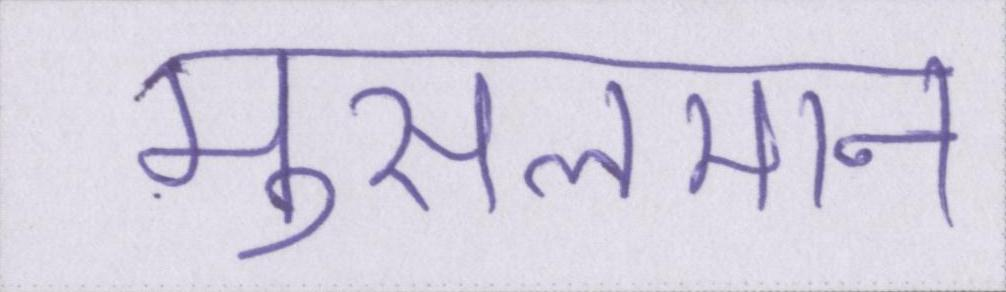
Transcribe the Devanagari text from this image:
मुसलमान